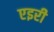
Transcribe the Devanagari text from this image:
एइरी